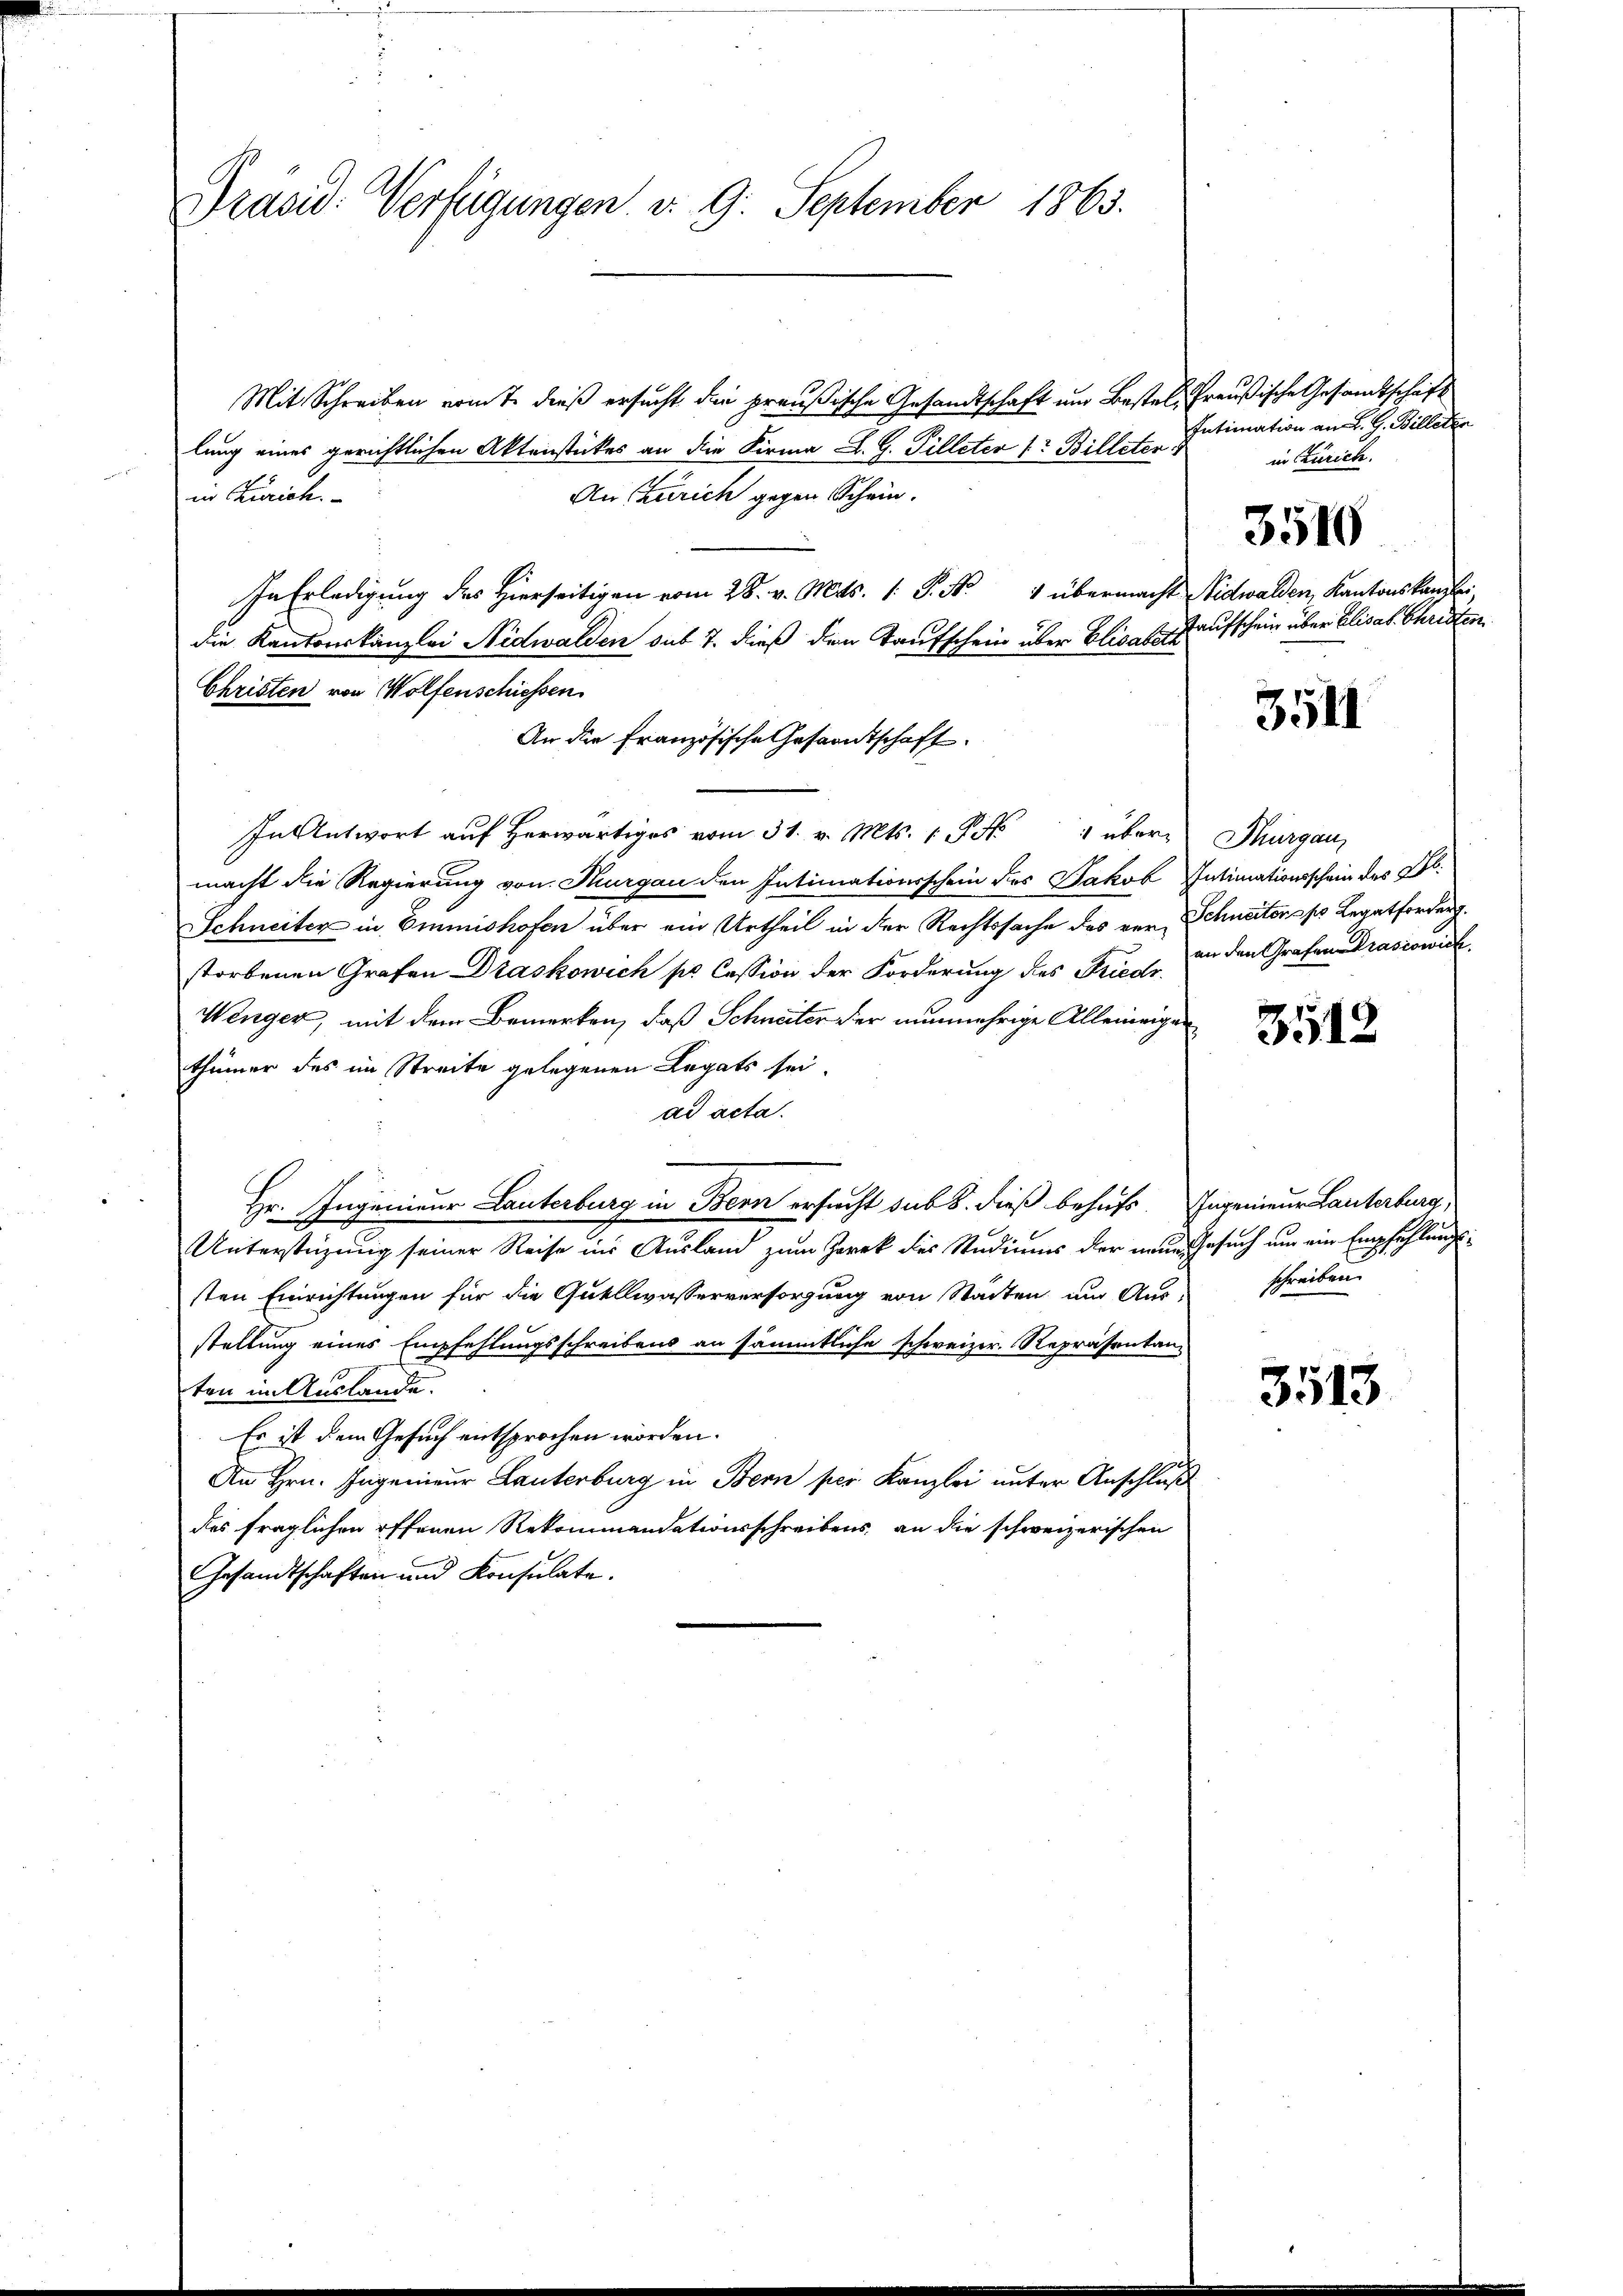
Mit Schreiben vomte dieß ersucht die preußische Gesandtschaft um Bestel, Preußische Gesandtschaft
lung eines gerichtlichen Aktenstückes an die Firma L. G. Tilleter 1 Billeter
An Zürich gegen Schein.
in Zürich.
In Erledigung des hierseitigen vom 28. v. Mts. 1. P. Nr. 4 übermacht Nidwalden, Kantonskanzlei
die Kantonskanzlei Nidwalden sub 7. dieß den Taufschein über Elisabeth
Christen von Wolfenschiessen
An die Französische Gesandtschaft
In Antwort auf herwärtiges vom 31. v. Mts. 1 P 1 über Thurgau,
macht die Regierung von Thurgau den Intimationsschein des Jakob Intimationsschein des Dr.
Schneiter in Emmnishofen über ein Urtheil in der Rechtssache des ver-Schneitens pr Legatforderg
storbenen Grafen Draskowich pr. Cassion der Forderung des Friedr.
Wenger, mit dem Bemerken, daß Schneiter der nunmehrige Alleinigen
thümer des im Streite gelegenen Legats sei.
ad acta.
Hr. Ingenieur Lauterburg in Bern ersucht sub 8. dieß behufs. Ingenieur Lanterburg,
Unterstützung seiner Reise ins Ausland zum Zarek des Studiums der neue Gesuch um ein Empfehlungssten Einrichtungen für die Quellwasserversorgung von Städten und Ausschreiben
stellung eines Empfehlungsschreibens an sämmtliche schweizer. Repräsentan
ten im Auslande.
Es ist dem Gesuch entsprochen worden.
An Hrn. Ingenieur Lauterburg in Bern per Kanzlei unter Anschluß
des fraglichen offenen Rekommandationsschreibens, an die schweizerischen
Gesandtschaften und Konsulate.

Präsid. Verfügungen d. 9. September 1863.

Intimation an d. G. Billeten
in Zürich.

Taufschein über Elisat. Christen

3510

3511

an den Grafen Prasiowick

3512

3513